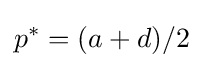
p^{*}=(a+d)/2